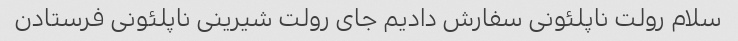
سلام رولت ناپلئونی سفارش دادیم جای رولت شیرینی ناپلئونی فرستادن